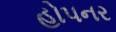
હોપનર